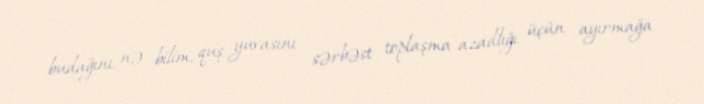
budağını, nə bilim, quş yuvasını sərbəst toplaşma azadlığı üçün ayırmağa